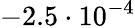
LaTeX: -2.5\cdot 10^{-4}